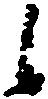
候